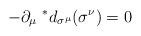
LaTeX: \begin{align*}-\partial_{\mu} \ ^*d_{\sigma^{\mu}} (\sigma^{\nu}) = 0\end{align*}